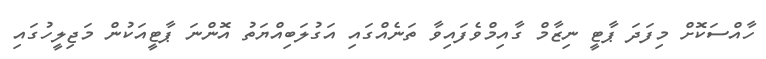
ހާއްސަކޮށް މިފަދަ ޕާޓީ ނިޒާމް ގާއިމްވެފައިވާ ތަނެއްގައި އަގުލަބިއްޔަތު އޮންނަ ޕާޓީއަކުން މަޖިލީހުގައި